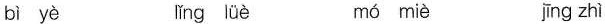
bì yè lǐng lüè mó miè jīng zhì